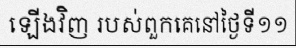
ឡើងវិញ របស់ពួកគេនៅថ្ងៃទី១១